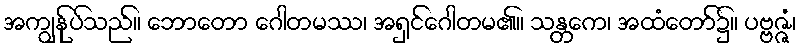
အကျွန်ုပ်သည်။ ဘောတော ဂေါတမဿ၊ အရှင်ဂေါတမ၏။ သန္တကေ၊ အထံတော်၌။ ပဗ္ဗဇ္ဇံ၊